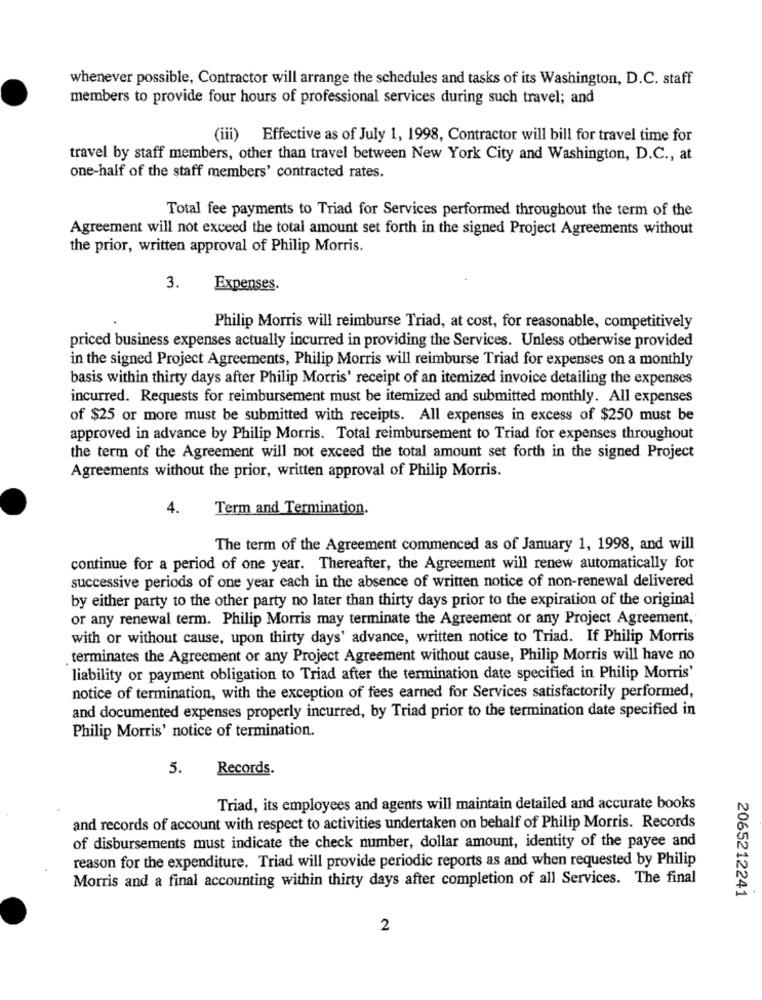
whenever possible, Contractor will arrange the schedules and tasks of its Washington, D.C. staff
members to provide four hours of professional services during such travel; and
(iii) Effective as of July 1, 1998, Contractor will bill for travel time for
travel by staff members, other than travel between New York City and Washington, D.C ., at
one-half of the staff members' contracted rates.
Total fee payments to Triad for Services performed throughout the term of the
Agreement will not exceed the total amount set forth in the signed Project Agreements without
the prior, written approval of Philip Morris.
3.
Expenses.
Philip Morris will reimburse Triad, at cost, for reasonable, competitively
priced business expenses actually incurred in providing the Services. Unless otherwise provided
in the signed Project Agreements, Philip Morris will reimburse Triad for expenses on a monthly
basis within thirty days after Philip Morris' receipt of an itemized invoice detailing the expenses
incurred. Requests for reimbursement must be itemized and submitted monthly. All expenses
of $25 or more must be submitted with receipts. All expenses in excess of $250 must be
approved in advance by Philip Morris. Total reimbursement to Triad for expenses throughout
the term of the Agreement will not exceed the total amount set forth in the signed Project
Agreements without the prior, written approval of Philip Morris.
4.
Term and Termination.
The term of the Agreement commenced as of January 1, 1998, and will
continue for a period of one year. Thereafter, the Agreement will renew automatically for
successive periods of one year each in the absence of written notice of non-renewal delivered
by either party to the other party no later than thirty days prior to the expiration of the original
or any renewal term. Philip Morris may terminate the Agreement or any Project Agreement,
with or without cause, upon thirty days' advance, written notice to Triad. If Philip Morris
terminates the Agreement or any Project Agreement without cause, Philip Morris will have no
liability or payment obligation to Triad after the termination date specified in Philip Morris'
notice of termination, with the exception of fees earned for Services satisfactorily performed,
and documented expenses properly incurred, by Triad prior to the termination date specified in
Philip Morris' notice of termination.
5.
Records.
Triad, its employees and agents will maintain detailed and accurate books
and records of account with respect to activities undertaken on behalf of Philip Morris. Records
of disbursements must indicate the check number, dollar amount, identity of the payee and
reason for the expenditure. Triad will provide periodic reports as and when requested by Philip
Morris and a final accounting within thirty days after completion of all Services. The final
2065212241
2